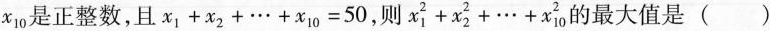
x_{10}是正整数，且$$x _ { 1 } + x _ { 2 } + \cdots + x _ { 1 0 } = 5 0$$，则$$x _ { 1 } ^ { 2 } + x _ { 2 } ^ { 2 } + \cdots + x _ { 1 0 } ^ { 2 }$$的最大值是 ()